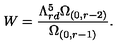
W = \frac { \Lambda _ { r d } ^ { 5 } \Omega _ { ( 0 , r - 2 ) } } { \Omega _ { ( 0 , r - 1 ) } } .